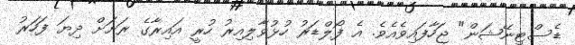
ޑެސްޓިނޭޝަން" ޖަހާފައިވެއެވެ. އެ ފޯލްޑަރު ހުޅުވާލިއިރު ހުރީ އައިރާގެ ރަށަށް ދިޔަ ފަހަރު